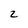
Character: 2